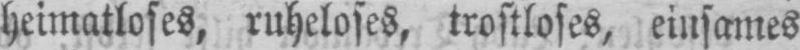
heimatloses, ruheloses, trostloses, einsames